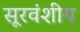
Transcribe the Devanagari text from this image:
सूरवंशीय